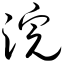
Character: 浣